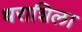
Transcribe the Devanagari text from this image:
धराशिला